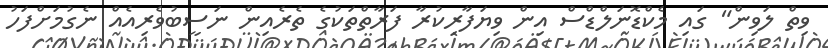
ވިތް ލަވިން" ގައި މެކްޑޮނަލްޑްސް އިން ވިޔަފާރިކުރާ ފަރާތްތަކުގެ ތެރެއިން ނަސީބުވެރިއެއް ނެގުމަށްފަހު